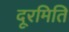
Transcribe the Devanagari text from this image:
दूरमिति